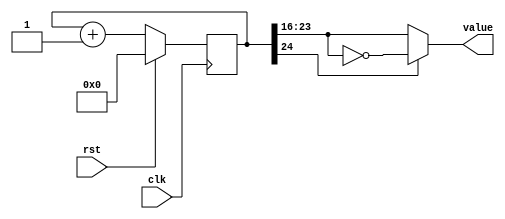
module counter (            
    input clk,
    input rst,
    output reg [7:0] value  
  );
 
  reg[24:0] ctr_d, ctr_q;   
 
  always @(ctr_q) begin
    ctr_d = ctr_q + 1'b1;
 
    if (ctr_q[24])
      value = ~ctr_q[23:16]; 
    else
      value = ctr_q[23:16];
 
  end
 
  always @(posedge clk) begin
    if (rst) begin
      ctr_q <= 1'b0;
    end else begin
      ctr_q <= ctr_d;
    end
  end
 
endmodule